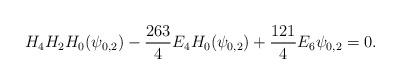
LaTeX: \begin{align*}H_4H_2H_0(\psi_{0,2})-\frac{263}4E_4H_0(\psi_{0,2})+\frac{121}4E_6\psi_{0,2}=0.\end{align*}